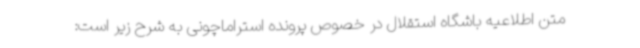
متن اطلاعیه باشگاه استقلال در خصوص پرونده استراماچونی به شرح زیر است: